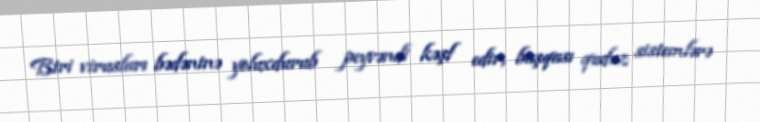
Biri virusları bədəninə yoluxdurub peyvəndi kəşf edir, başqası quduz sistemlərə